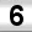
Digit: 6